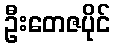
ဦးတေဇပိုင်